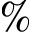
\%